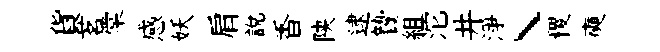
貨茗棠感妖肩說香陕逮贄組沱井淨丶稷奭